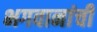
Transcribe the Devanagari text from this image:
भगवानांची